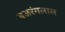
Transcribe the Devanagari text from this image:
बजरंगलाल